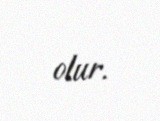
olur.